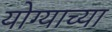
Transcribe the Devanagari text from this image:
योग्याच्या